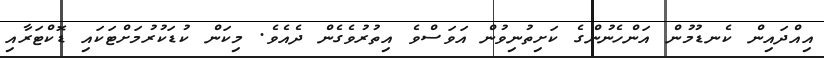
އިއްދައިން ކެނޑުމުން އަންހެނުންގެ ކަށިތުނިވުން އަވަސްވެ އިތުރުވެގެން ދެއެވެ. މިކަން ކުޑަކުރުމަށްޓަކައި ޑޮކްޓަރާއި